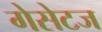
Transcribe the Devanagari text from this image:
गेसेटज